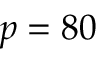
p = 8 0